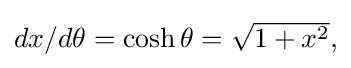
{\textstyle dx/d\theta =\cosh \theta ={\sqrt {1+x^{2}}},}